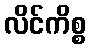
လိင်ကိစ္စ